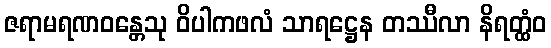
ဇရာမရဏဝန္တေသု ဝိပါကဖလံ သာရဋ္ဌေန တဿီလာ နိရတ္ထံဝ